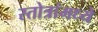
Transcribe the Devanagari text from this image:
स्तोत्रांमध्ये